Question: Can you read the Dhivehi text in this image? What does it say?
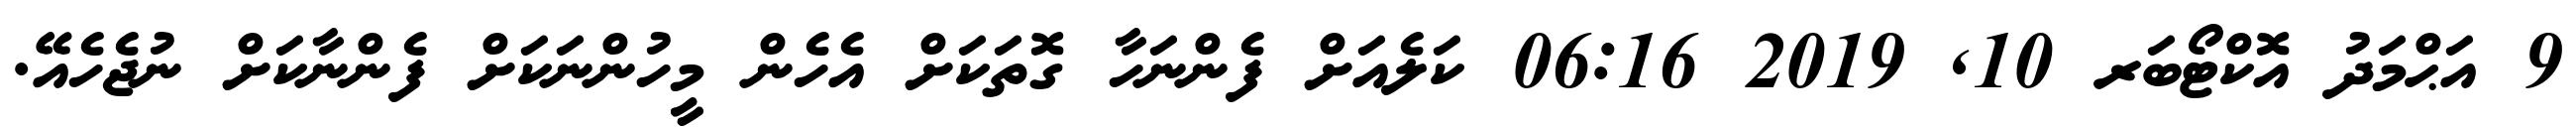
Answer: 9 އަޙްމަދު އޮކްޓޯބަރ 10, 2019 06:16 ކަލެއަށް ފެންނަހާ ގޮތަކަށް އެހެން މީހުންނަކަށް ފެންނާކަށް ނުޖެހެއޭ.